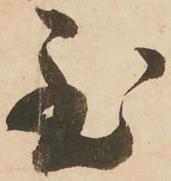
至